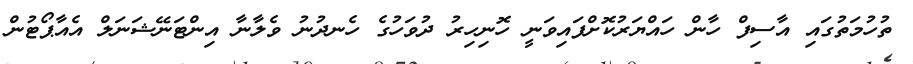
ތުހުމަތުގައި އާސިފް ހާން ހައްޔަރުކޮށްފައިވަނީ ހޮނިހިރު ދުވަހުގެ ހެނދުނު ވެލާނާ އިންޓަނޭޝަނަލް އެއާޕޯޓުން